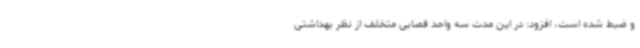
و ضبط شده است، افزود: در این مدت سه واحد قصابی متخلف از نظر بهداشتی